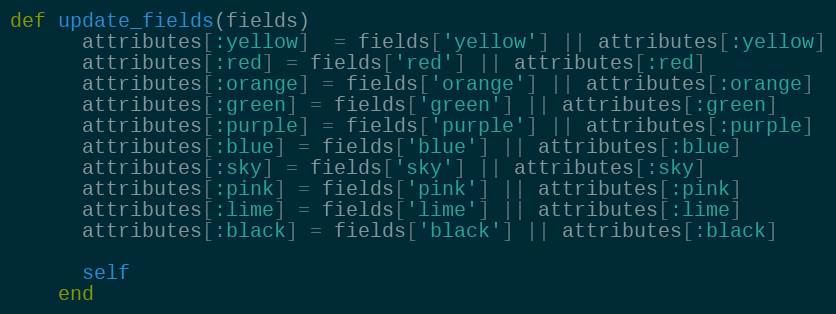
Language: Ruby
def update_fields(fields)
      attributes[:yellow]  = fields['yellow'] || attributes[:yellow]
      attributes[:red] = fields['red'] || attributes[:red]
      attributes[:orange] = fields['orange'] || attributes[:orange]
      attributes[:green] = fields['green'] || attributes[:green]
      attributes[:purple] = fields['purple'] || attributes[:purple]
      attributes[:blue] = fields['blue'] || attributes[:blue]
      attributes[:sky] = fields['sky'] || attributes[:sky]
      attributes[:pink] = fields['pink'] || attributes[:pink]
      attributes[:lime] = fields['lime'] || attributes[:lime]
      attributes[:black] = fields['black'] || attributes[:black]

      self
    end